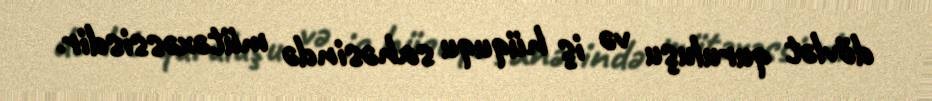
dövlət quruluşu və iş hüququ sahəsində mütəxəssisdir.